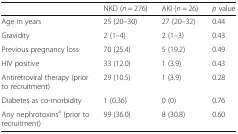
|  | NKD (n = 276) | AKI (n = 26) | p value |
 | --- | --- | --- | --- |
 | Age in years | 25 (20–30) | 27 (20–32) | 0.44 |
 | Gravidity | 2 (1–4) | 2 (1–3) | 0.43 |
 | Previous pregnancy loss | 70 (25.4) | 5 (19.2) | 0.49 |
 | HIV positive | 33 (12.0) | 1 (3.9) | 0.43 |
 | Antiretroviral therapy (prior to recruitment) | 29 (10.5) | 1 (3.9) | 0.28 |
 | Diabetes as co-morbidity | 1 (0.36) | 0 (0) | 0.76 |
 | Any nephrotoxinsa (prior to recruitment) | 99 (36.0) | 8 (30.8) | 0.60 |